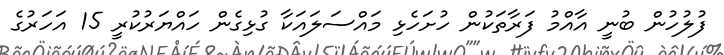
ފުލުހުން ބުނީ އާއްމު ފަރާތަކުން ހުށަހެޅި މައްސަލައަކާ ގުޅިގެން ހައްޔަރުކުރީ 15 އަހަރުގެ